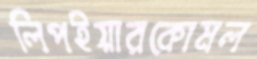
লিপইয়ারকোমল